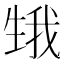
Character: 𤯫